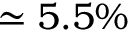
\simeq 5 . 5 \%